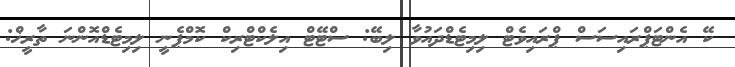
ކޭ އެންޓަޕްރައިސަސް ޕްރައިވެޓް ލިމިޓެޑްދައުވާ ލިބޭ: ސްޓޭޓް އިލެކްޓްރިކް ކޮމްޕެނީ ލިމިޓެޑްއޮންނަ ތާރީޚް: